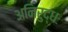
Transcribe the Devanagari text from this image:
अनिरुद्धः